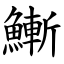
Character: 䱿